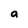
Character: a